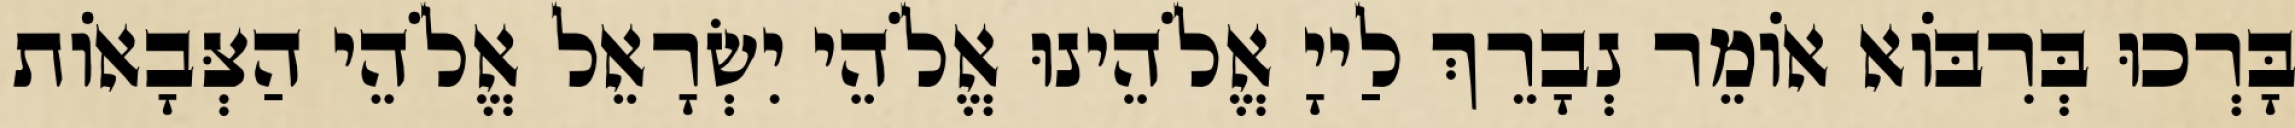
בָּרְכוּ בְּרִבּוֹא אוֹמֵר נְבָרֵךְ לַייָ אֱלֹהֵינוּ אֱלֹהֵי יִשְׂרָאֵל אֱלֹהֵי הַצְּבָאוֹת